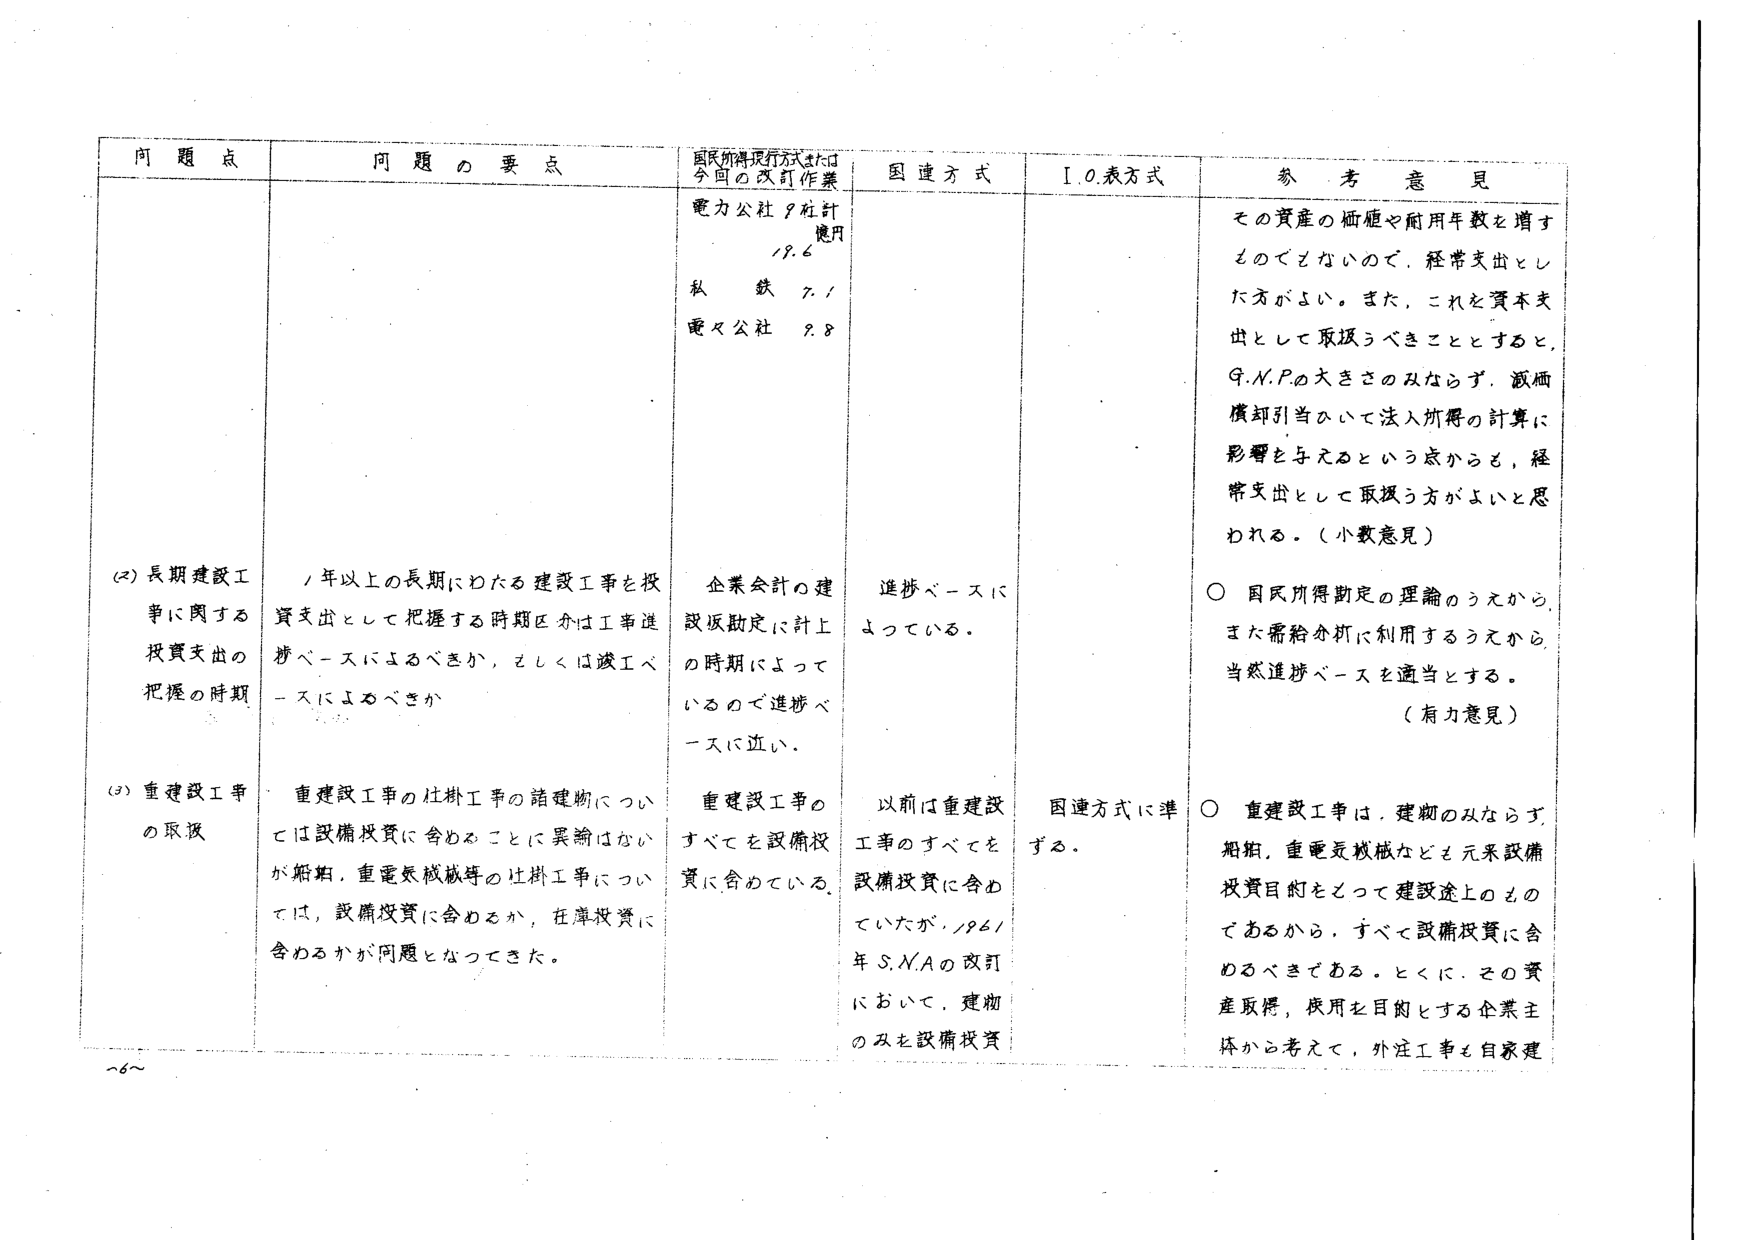
問題点
問題の要点
国民所得実行方式または今回の改訂作業
国連方式
I.O.表方式
参考意見

(2) 長期建設工事に関する投資支出の把握の時期
1年以上の長期にわたる建設工事を投資支出として把握する時期区分は工事進捗ベースによるべきか、それとも竣工ベースによるべきか
電力公社9社計
使用
18.6
私鉄 7.1
電気公社 9.8
企業会計の建設仮勘定に計上の時期によっているので進捗ベースに近い。
進捗ベースによっている。
その資産の価値や耐用年数を増すものでないため、経常支出とした方がよい。また、これを資本支出として取扱うべきこととすると、G.N.P.の大きさのみならず、減価償却引当ひいて法人所得の計算に影響を与えるという点からも、経常支出として取扱う方がよいと思われる。（少数意見）
○ 国民所得勘定の理論のうえから、また需給分析に利用するうえから、当然進捗ベースを適当とする。（有力意見）

(3) 重建設工事の取扱
重建設工事の仕掛工事の諸建物については設備投資に含めることに異論はないが、船舶、重電気機械等の仕掛工事については、設備投資に含めるか、在庫投資に含めるかが問題となってきた。
重建設工事のすべてを設備投資に含めている。
以前は重建設工事のすべてを設備投資に含めていたが、1961年S.N.Aの改訂において、建物のみを設備投資
国連方式に準ずる。
○ 重建設工事は、建物のみならず、船舶、重電気機械なども元来設備投資目的をもって建設途上のものであるから、すべて設備投資に含めるべきである。とくに、その資産取得、使用を目的とする企業主体から考えて、外注工事を自家建

~6~